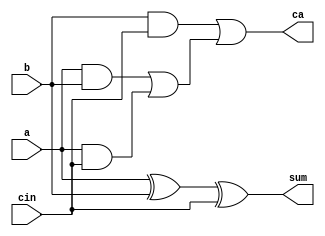
module fullAdder (a, b, cin, sum, ca);
input a, b, cin;
output sum, ca;

wire w1, w2, w3, w4, w5;

xor xor_0 (w1, a, b);
xor xor_1 (sum, w1, cin);

and and_0 (w2, a, b);
and and_1 (w3, a, cin);
and and_2 (w4, b, cin);
or  or_0 (w5, w2, w3);
or  or_1 (ca, w4, w5);

endmodule